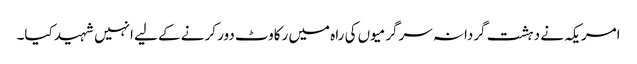
امریکہ نے دہشت گردانہ سرگرمیوں کی راہ میں رکاوٹ دور کرنے کے لیے انہیں شہید کیا۔